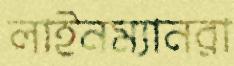
লাইনম্যানরা